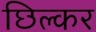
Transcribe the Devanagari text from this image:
छिल्कर